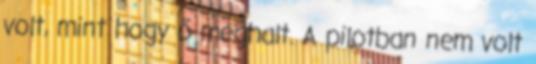
volt, mint hogy ő meghalt. A pilotban nem volt